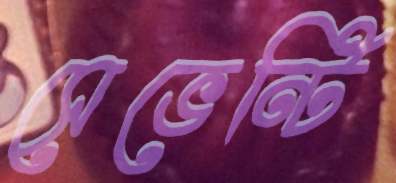
সেভেন্টি